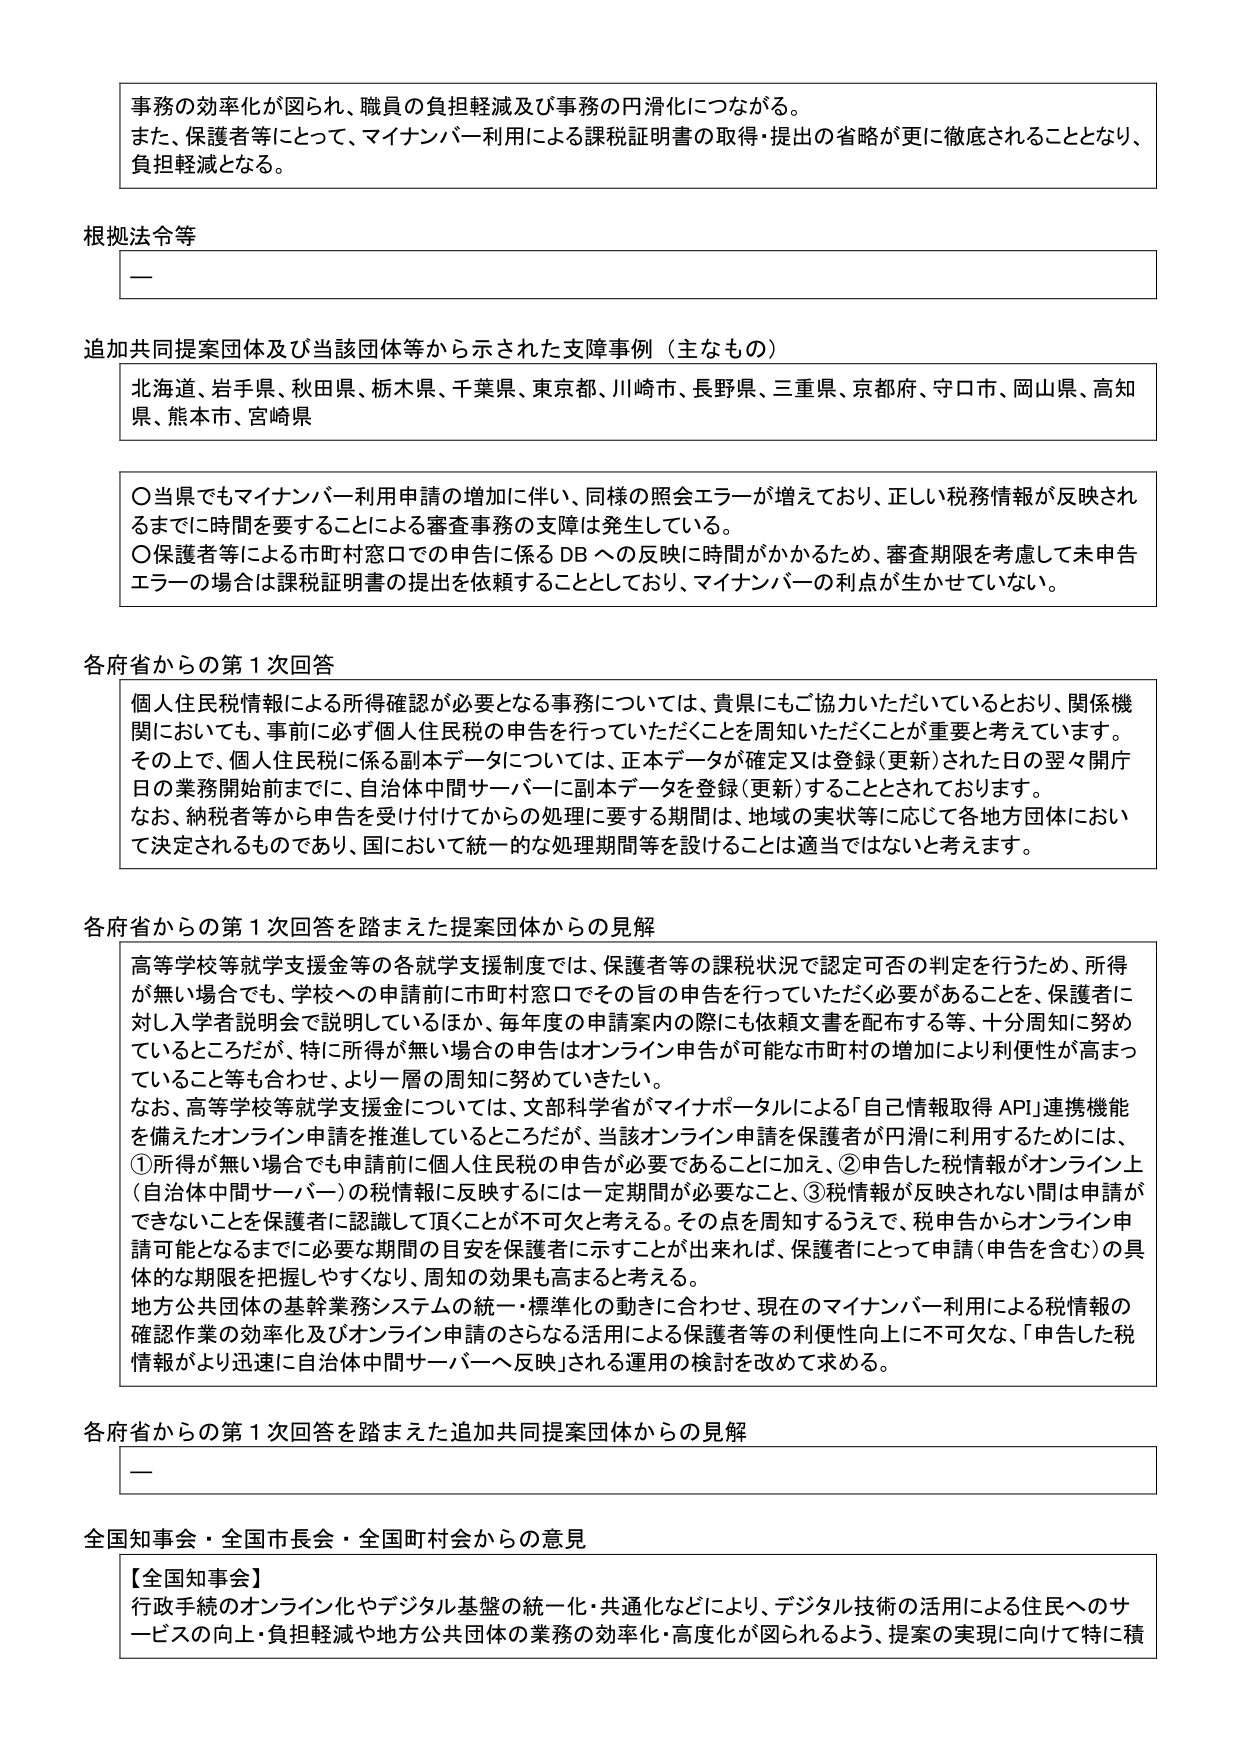
事務の効率化が図られ、職員の負担軽減及び事務の円滑化につながる。
また、保護者等にとって、マイナンバー利用による課税証明書の取得・提出の省略が更に徹底されることとなり、
負担軽減となる。

根拠法令等
一

追加共同提案団体及び当該団体等から示された支障事例（主なもの）
北海道、岩手県、秋田県、栃木県、千葉県、東京都、川崎市、長野県、三重県、京都府、守口市、岡山県、高知県、熊本市、宮崎県

〇当県でもマイナンバー利用申請の増加に伴い、同様の照会エラーが増えており、正しい税務情報が反映されるまでに時間を要することによる審査事務の支障は発生している。
〇保護者等による市町村窓口での申告に係るDBへの反映に時間がかかるため、審査期限を考慮して未申告エラーの場合は課税証明書の提出を依頼することとしており、マイナンバーの利点が生かせていない。

各府省からの第1次回答
個人住民税情報による所得確認が必要となる事務については、貴県にもご協力いただいているとおり、関係機関においても、事前に必ず個人住民税の申告を行っていただくことを周知いただくことが重要と考えています。
その上で、個人住民税に係る副本データについては、正本データが確定又は登録（更新）された日の翌々開庁日の業務開始前までに、自治体中間サーバーに副本データを登録（更新）することとされております。
なお、納税者等から申告を受け付けてからの処理に要する期間は、地域の実状等に応じて各地方団体において決定されるものであり、国において統一的な処理期間等を設けることは適当ではないと考えます。

各府省からの第1次回答を踏まえた提案団体からの見解
高等学校等就学支援金等の各就学支援制度では、保護者等の課税状況で認定可否の判定を行うため、所得が無い場合でも、学校への申請前に市町村窓口でその旨の申告を行っていただく必要があることを、保護者に対して入学者説明会で説明しているほか、毎年度の申請案内の際にも依頼文書を配布する等、十分周知に努めているところだが、特に所得が無い場合の申告はオンライン申告が可能な市町村の増加により利便性が高まっていること等も合わせ、より一層の周知に努めていきたい。
なお、高等学校等就学支援金については、文部科学省がマイナポータルによる「自己情報取得API」連携機能を備えたオンライン申請を推進しているところだが、当該オンライン申請を保護者が円滑に利用するためには、①所得が無い場合でも申請前に個人住民税の申告が必要であること加え、②申告した税情報がオンライン上（自治体中間サーバー）の税情報に反映するには一定期間が必要なこと、③税情報が反映されない間は申請ができないことを保護者に認識して頂くことが不可欠と考える。その点を周知するうえで、税申告からオンライン申請可能となるまでに必要な期間の目安を保護者に示すことが出来れば、保護者にとって申請（申告を含む）の具体的な期限を把握しやすくなり、周知の効果も高まると考える。
地方公共団体の基幹業務システムの統一・標準化の動きに合わせ、現在のマイナンバー利用による税情報の確認作業の効率化及びオンライン申請のさらなる活用による保護者等の利便性向上に不可欠な、「申告した税情報がより迅速に自治体中間サーバーへ反映」される運用の検討を改めて求める。

各府省からの第1次回答を踏まえた追加共同提案団体からの見解
一

全国知事会・全国市長会・全国町村会からの意見
【全国知事会】
行政手続のオンライン化やデジタル基盤の統一・共通化などにより、デジタル技術の活用による住民へのサービスの向上・負担軽減や地方公共団体の業務の効率化・高度化が図られるよう、提案の実現に向けて特に積